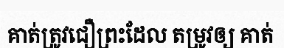
គាត់ត្រូវជឿព្រះដែល តម្រូវឲ្យ គាត់